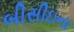
બીસીઇના